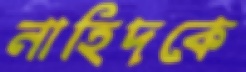
নাহিদকে